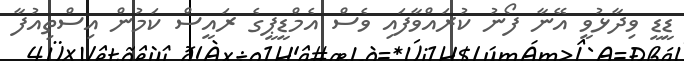
ޑީޑީ ވިދާޅުވީ އޭނާ ފޯނު ކުރައްވާފައި ވެސް އެމްޑީޕީގެ ރައީސް ކަމުން އިސްތިއުފާ